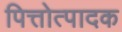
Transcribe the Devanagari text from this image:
पित्तोत्पादक